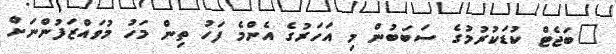
"ބަޖެޓް ކުޑަކުރުމުގެ ސަބަބުން މި އަހަރުގެ އެންމެ ފަހު ތިން މަހު މުވައްޒަފުންނަށް